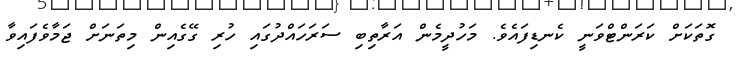
ގޮތަކަށް ކަރަންޓްވަނީ ކެނޑިފައެވެ. މަހުދީމެން އަރާތިބި ސަރަހައްދުގައި ހުރި ގޭގެއިން މިތަނަށް ޖަމާވެފައިވާ